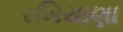
રખિયાણા